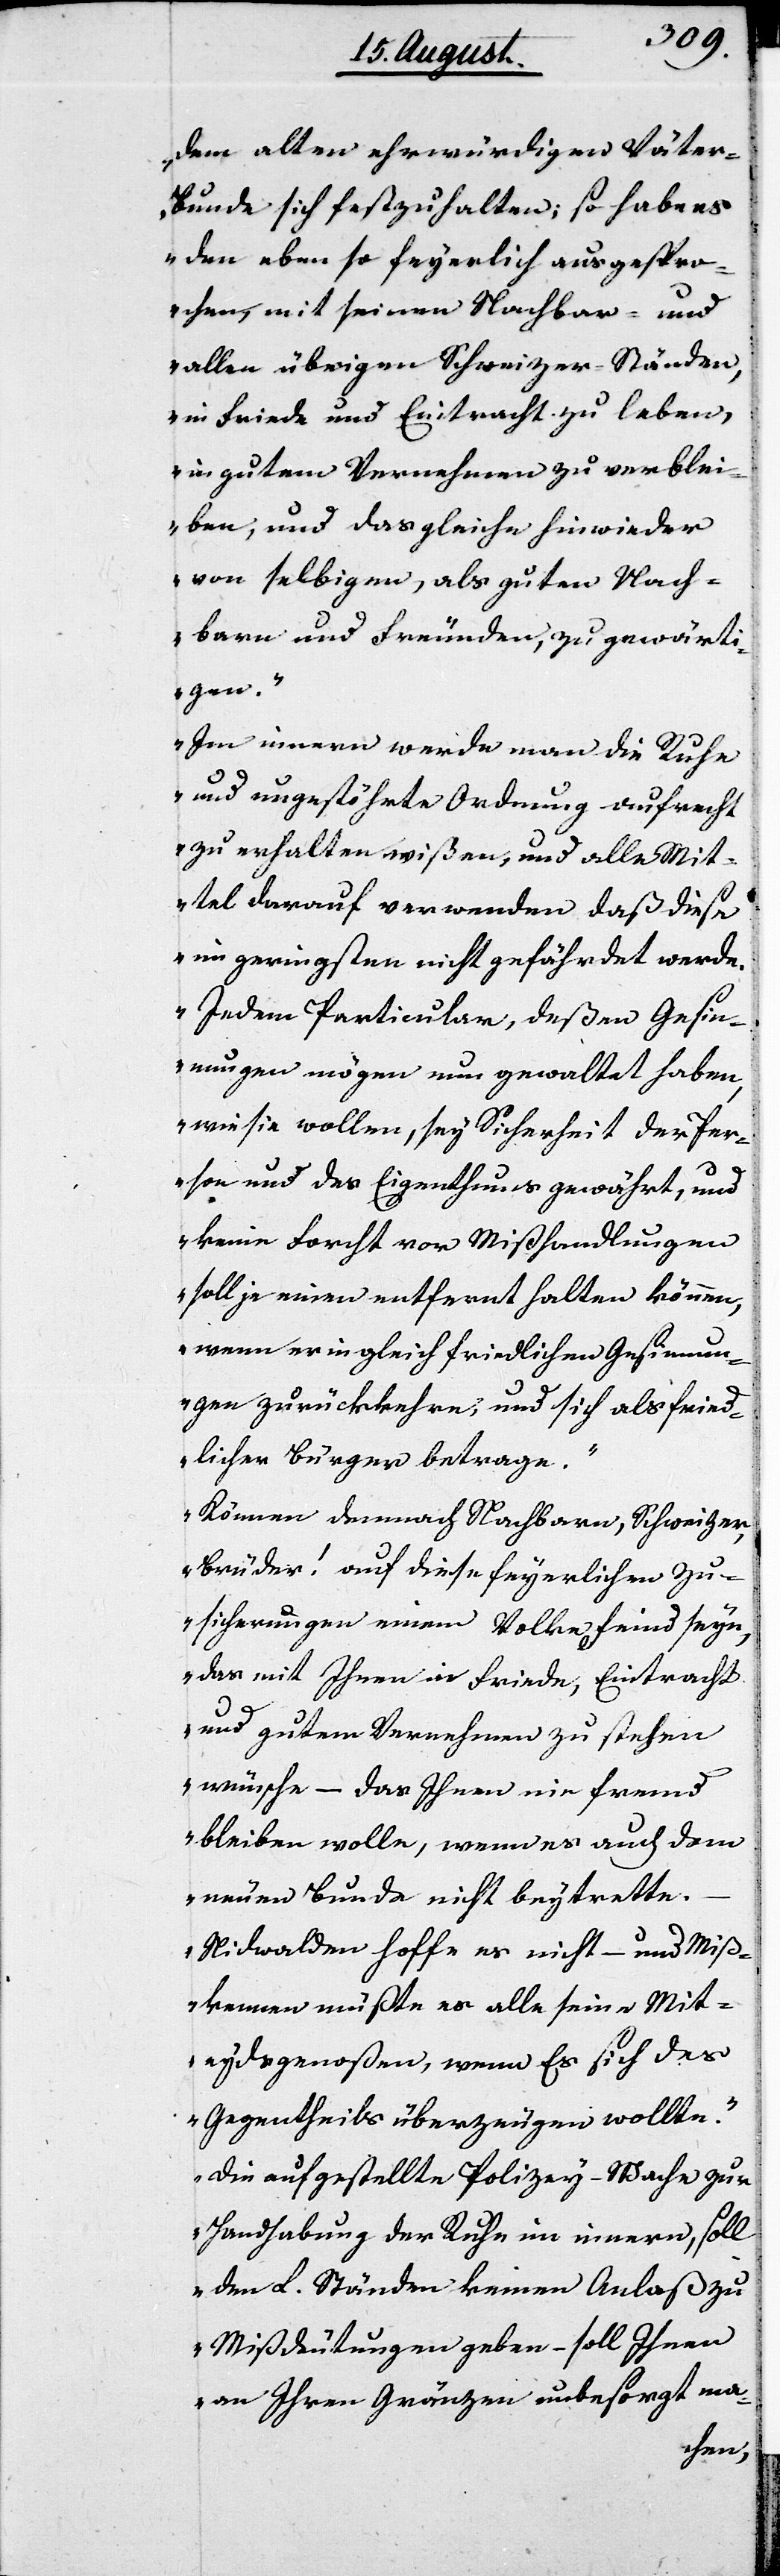
dem alten ehrwürdigen Väter-B¬
unde sich festzuhalten; so habe es
den eben so feyerlich ausgespro¬
chen, mit seinen Nachbar- und
allen übrigen Schweizer-Ständen,
in Friede und Eintracht zu leben,
in gutem Vernehmen zu verblei¬
ben, und das gleiche hinwieder
von selbigem, als guten Nach¬
barn und Freunden, zu gewärti¬
gen.
Im innern werde man die Ruhe
und ungestöhrte Ordnung aufrecht
zu erhalten wißen, und alle Mit¬
tel darauf verwenden daß diese
im geringsten nicht gefährdet werde.
Indem Particular, deßen Gesi¬
nungen mögen nun gewaltet haben,
wie sie wollen, sey Sicherheit der Per¬
son und des Eigenthums gewährt, und
keine Forcht vor Mißhandlungen
soll je einen entfernt halten können,
wenn er in gleich friedlichen Gesinnun¬
gen zurückkehre, und sich als fried¬
licher Bürger betrage.
Können demnach Nachbarn, Schweize¬
r-Brüder! auf diese feyerlichen Zu¬
sicherungen einem Volke Feind seyn,
das mit Ihnen in Friede, Eintracht
und gutem Vernehmen zu stehen
wünsche – das Ihnen ein Freund
bleiben wolle, wenn es auch dem
neuen Bund nicht beytrette.
Nidwalden hoffe es nicht – und Miß¬
kennen müßte es alle seine Mit¬
eydgenoßen, wenn Es sich des
Gegentheils überzeugen wollte.
Die aufgestellte Polizey-Wache zur
Handhabung der Ruhe im innern, soll
den L. Ständen keinen Anlaß zu
Mißdeutung geben – soll Ihnen
an Ihren Gränzen unbesorgt ma-